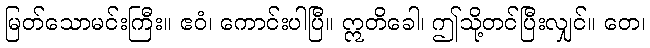
မြတ်သောမင်းကြီး။ ဧဝံ၊ ကောင်းပါပြီ။ ဣတိခေါ၊ ဤသို့တင်ပြီးလျှင်။ တေ၊